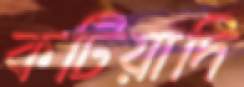
কটিয়াদি